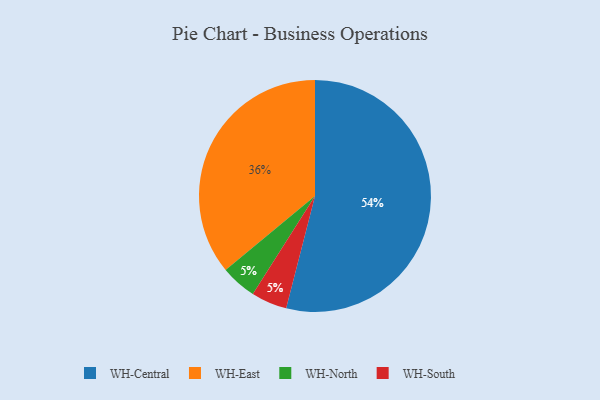
{"axis": {"x": "Category", "y": "Percentage"}, "legend": ["WH-Central", "WH-East", "WH-North", "WH-South"], "data": [{"x": "WH-North", "y": 5, "type": "WH-North"}, {"x": "WH-Central", "y": 54, "type": "WH-Central"}, {"x": "WH-South", "y": 5, "type": "WH-South"}, {"x": "WH-East", "y": 36, "type": "WH-East"}]}